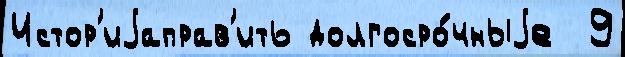
Истор'иjаправ'ить долгосро́чныjе  9